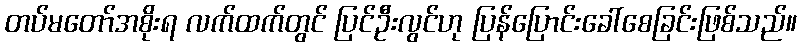
တပ်မတော်အစိုးရ လက်ထက်တွင် ပြင်ဦးလွင်ဟု ပြန်ပြောင်းခေါ်စေခြင်းဖြစ်သည်။